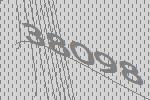
38098